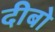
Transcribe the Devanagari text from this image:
दीबो